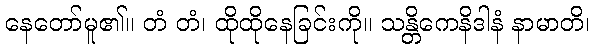
နေတော်မူ၏။ တံ တံ၊ ထိုထိုနေခြင်းကို။ သန္တိကေနိဒါနံ နာမာတိ၊